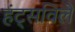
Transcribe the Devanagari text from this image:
हंट्सविले